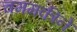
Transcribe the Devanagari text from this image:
चममकीने